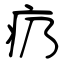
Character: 疓